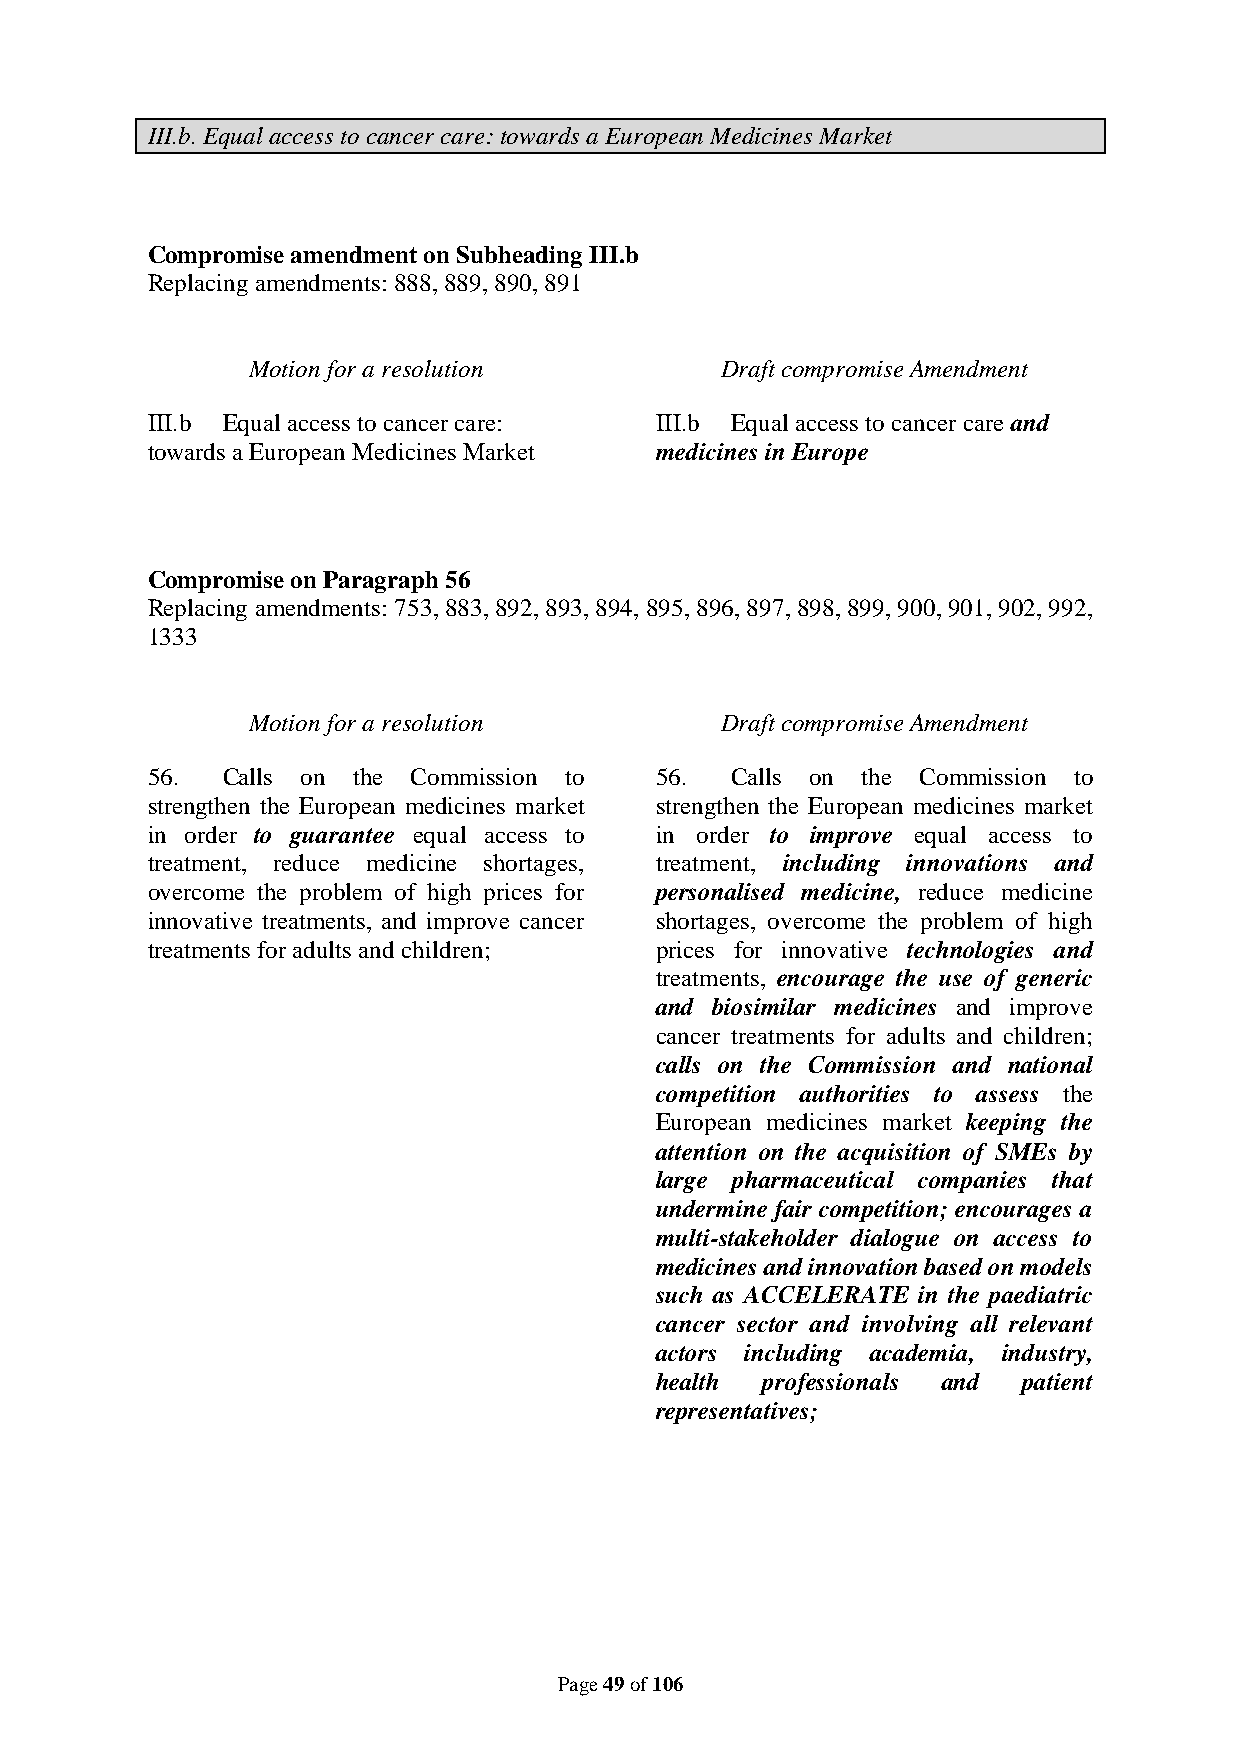
III.b. Equal access to cancer care: towards a European Medicines Market
 Compromise amendment on Subheading III.b
 Replacing amendments: 888, 889, 890, 891
 Motion for a resolution         Draft compromise Amendment
 III.b Equal access to cancer care: III.b Equal access to cancer care and
 towards a European Medicines Market medicines in Europe
 Compromise on Paragraph 56
 Replacing amendments: 753, 883, 892, 893, 894, 895, 896, 897, 898, 899, 900, 901, 902, 992,
 1333
 Motion for a resolution         Draft compromise Amendment
 56.  Calls on the Commission to  56.  Calls on the Commission to
 strengthen the European medicines market strengthen the European medicines market
 in order to guarantee equal access to in order to improve equal access to
 treatment, reduce medicine shortages, treatment, including innovations and
 overcome the problem of high prices for personalised medicine, reduce medicine
 innovative treatments, and improve cancer shortages, overcome the problem of high
 treatments for adults and children; prices for innovative technologies and
 treatments, encourage the use of generic
 and biosimilar medicines and improve
 cancer treatments for adults and children;
 calls on the Commission and national
 competition authorities to assess the
 European medicines market keeping the
 attention on the acquisition of SMEs by
 large pharmaceutical companies that
 undermine fair competition; encourages a
 multi-stakeholder dialogue on access to
 medicines and innovation based on models
 such as ACCELERATE in the paediatric
 cancer sector and involving all relevant
 actors including academia, industry,
 health  professionals and patient
 representatives;
 Page 49 of 106